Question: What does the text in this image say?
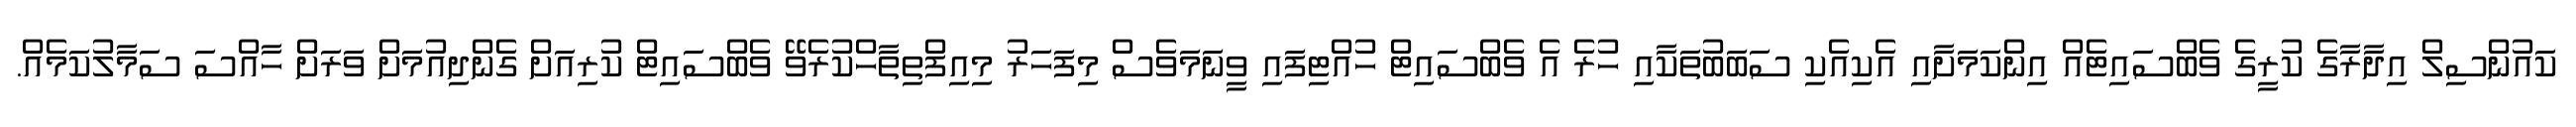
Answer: ކައުންސިލް އިދާރާގެ ކުރީގެ ވެބްސައިޓެއް އިންކަމަށާއި އެކިއެކި ސަބަބުތަކާއި ހުރެ އެ ވެބްސައިޓް ހުއްޓިފައި ވީނަމަވެސް މިފަހަރު މިއިފްތިތާހްކުރެވޭ ވެބްސައިޓް ކުރިއަށް ގެންދިއުމަށް ވަރަށް ހާއްސަ ސަމާލުކަމެއް.